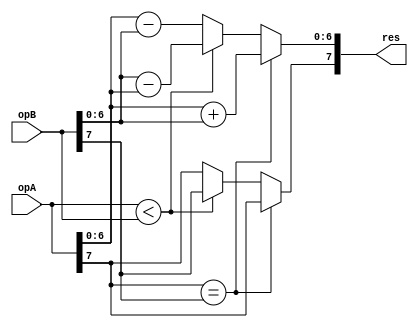
/*
 Design: Sign-magnitude Adder
 Description: Designing a simple signed magnitude adder, where the MSB of the interger value is the sign and the remaining bits are magnitude of the number.
 - When two operands have the same sign, the magnitudes are added and the sign is kept.
 - When the operands have differents signs, the smallest of the two number is subtracted from the larger one and the sign of the largest number is kept.
 */

module sm_adder #(parameter n = 8)(/*AUTOARG*/
   // Outputs
   res,
   // Inputs
   opA, opB
   );

   input [n-1:0] opA;
   input [n-1:0] opB;

   output [n-1:0]  res;

   /*AUTOREG*/
   // Beginning of automatic regs (for this module's undeclared outputs)
   reg [n-1:0]		res;
   // End of automatics

   /*AUTOWIRE*/
 
   // Check for the sign
   always@(/*AUTOSENSE*/opA or opB)
     begin
	if(opA[n-1] == opB[n-1]) begin
	   res[n-1] = opA[n-1];
	   res[n-2:0] = opA[n-2:0] + opB[n-2:0];
	end else begin
	   if( opA < opB) begin
	      res[n-1] = opB[n-1];
	      res[n-2:0] = opB[n-2:0] - opA[n-2:0];
	   end else begin
	      res[n-1] = opA[n-1];
	      res[n-2:0] = opA[n-2:0] - opB[n-2:0];
	   end
	end // else: !if(opA[n-1] == opB[n-1])
     end // always@ (*)
	   
endmodule // sm_adder